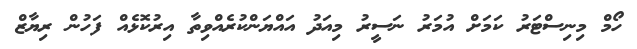
ހޯމް މިނިސްޓަރު ކަމަށް އުމަރު ނަސީރު މިއަދު އައްޔަންކުރެއްވިތާ އިރުކޮޅެއް ފަހުން ރިޔާޒް